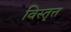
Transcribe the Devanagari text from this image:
विस्तृत्त